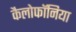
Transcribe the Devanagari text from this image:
कैलोफॉनिया